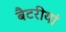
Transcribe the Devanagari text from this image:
बैटरीयां